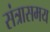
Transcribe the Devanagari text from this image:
संत्रासमय